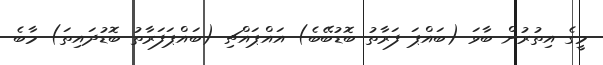
މީގެ އިތުރުން ބާވަ (ބައްޕަ ފަރާތު ބޮޑުބޭބެ) އައްޕައްޗި (ބައްޕަފަރާތު ބޮޑުދައިތަ) މާބެ